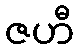
ဇဟီ